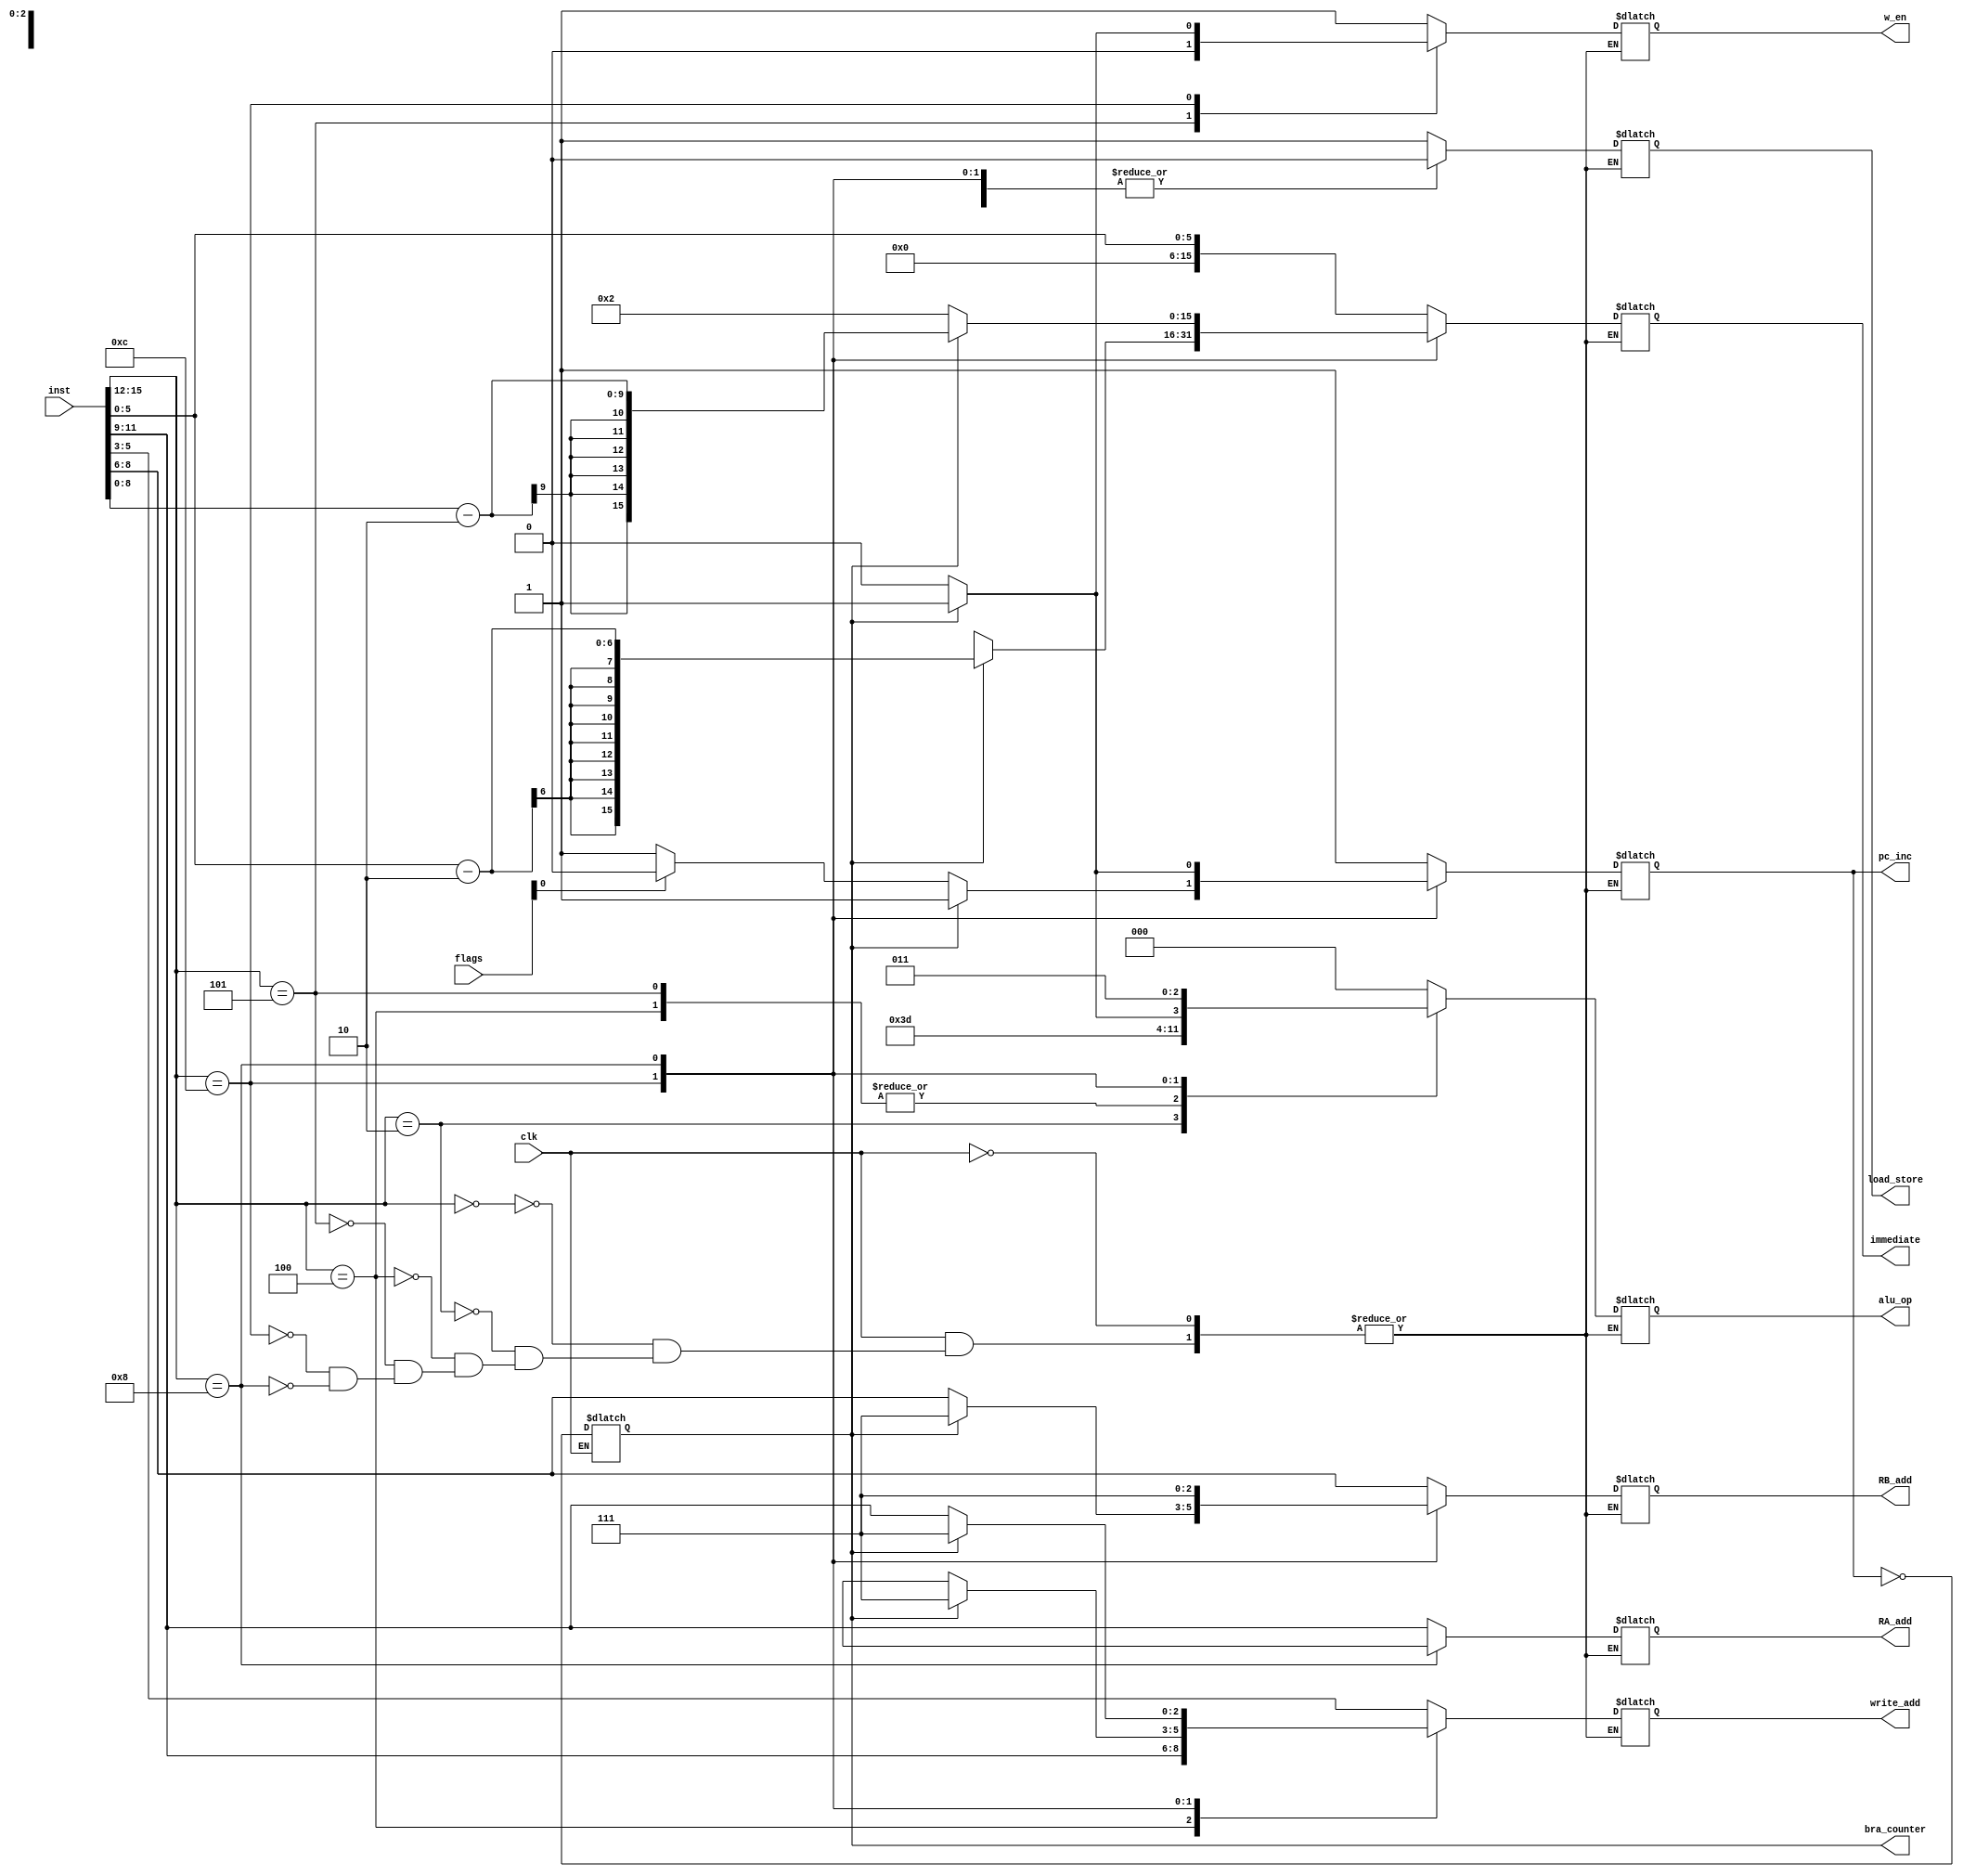
`timescale 1ns/1ns
module decoder(clk,inst,
					flags,
					w_en,load_store,pc_inc,
					RA_add,RB_add,alu_op,write_add,
					immediate,bra_counter);

input wire clk;
input wire[1:0] flags;
input wire[15:0] inst;

output reg w_en,load_store,pc_inc;										// jump and conditional bra,write enable
output reg[2:0] RA_add,RB_add,alu_op,write_add;					//alu_op 3'b0xx arthematic
																	//			3'b1xx memory
output reg[15:0] immediate;

output reg bra_counter;
parameter ADD=4'h0,
			NDU=4'h2,
			LW=4'h4,
			SW=4'h5,
			BEQ=4'hc,
			JAL=4'h8;
			
initial begin
	bra_counter<=0;
	pc_inc<=0;

end
			
always @* begin
	if(clk) begin
		case(inst[15:12]) 
			ADD: begin
					alu_op<=3'b000;
					RA_add<=inst[11:9];
					RB_add<=inst[8:6];
					write_add<=inst[5:3];
					w_en<=1;
					immediate<=16'hxxxx;
					load_store<=1'bx;
					pc_inc<=1;
					end
			NDU: begin
					alu_op<=3'b001;
					RA_add<=inst[11:9];
					RB_add<=inst[8:6];
					write_add<=inst[5:3];
					w_en<=1;
					immediate<=16'hxxxx;
					load_store<=1'bx;
					pc_inc<=1;
					end
			LW: begin
					alu_op<=3'b111;
					RA_add<=3'hx;
					RB_add<=inst[8:6];
					write_add<=inst[11:9];
					w_en<=1;
					immediate<={10'h000,inst[5:0]};
					load_store<=1'b1;
					pc_inc<=1;
					end
			SW: begin
					alu_op<=3'b111;
					RA_add<=inst[11:9];
					RB_add<=inst[8:6];
					write_add<=3'hx;
					w_en<=0;
					immediate<={10'h000,inst[5:0]};
					load_store<=1'b0;
					pc_inc<=1;
					end
			BEQ: begin
					if(!bra_counter) begin
							alu_op<=3'b010;
							RA_add<=inst[11:9];
							RB_add<=inst[8:6];
							write_add<=3'hx;
							w_en<=0;
							immediate<=16'hxxxx;
							load_store<=1'b0;
							if(flags[0]) begin				//condition satisfied
								pc_inc<=0;
							end
							else begin
								pc_inc<=1;
							end
						end
						if(bra_counter) begin			//if condition satisfied
							alu_op<=3'b011;
							RA_add<=3'hx;
							RB_add<=3'h7;
							write_add<=3'h7;
							w_en<=1;
							load_store<=1'b0;
							immediate<=({10'h000,inst[5:0]}-16'h0002);				//TO BRANCH TO NEGATIVE NUMBERS CONVERT THE
							pc_inc<=1;															//IMMEDIATE TO A SIGNED NUMBER. BUT DUE TO THE												//LIMITED PROGRAM MEMORY ONLY POSITIVE JUMPS ARE 
																									//POSSIBLE
							
						end
					end
					
			JAL: begin
					if(!bra_counter) begin
							alu_op<=3'b011;
							RA_add<=3'hx;
							RB_add<=7;
							write_add<=inst[11:9];
							w_en<=1;
							immediate<=16'h0002;
							load_store<=1'b0;
							pc_inc<=0;
						end
						if(bra_counter) begin			//if condition satisfied
							alu_op<=3'b011;
							RA_add<=3'hx;
							RB_add<=3'h7;
							write_add<=3'h7;
							w_en<=1;
							load_store<=1'b0;
							immediate<=({7'h00,inst[8:0]}-16'h0002);				//TO BRANCH TO NEGATIVE NUMBERS CONVERT THE
							pc_inc<=1;															//IMMEDIATE TO A SIGNED NUMBER. BUT DUE TO THE													//LIMITED PROGRAM MEMORY ONLY POSITIVE JUMPS ARE 
																									//POSSIBLE
							
						end
					end
					
	endcase
	end
end

always @* begin
	if(!clk) begin
		bra_counter<=~pc_inc;
	end
end
endmodule

module dec_tb();

reg clk;
reg[1:0] flags;
reg[15:0] inst;

wire w_en,load_store,pc_inc;										// jump and conditional bra,write enable
wire[2:0] RA_add,RB_add,alu_op,write_add;					//alu_op 3'b0xx arthematic
																	//			3'b1xx memory
wire[15:0] immediate;

wire bra_counter;

decoder d(clk,inst,
					flags,
					w_en,load_store,pc_inc,
					RA_add,RB_add,alu_op,write_add,
					immediate,bra_counter);
					
always #5 clk=~clk;

initial begin
	clk<=0;
	#4
	inst<=16'hc282;
	flags<=2'b00;
	#2
	flags<=2'b01;
	#8;
	inst<=16'hc242;
	
end

endmodule